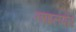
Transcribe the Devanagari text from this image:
लाइलपोर